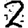
Digit: 2